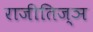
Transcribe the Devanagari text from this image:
राजीतिज्ञ